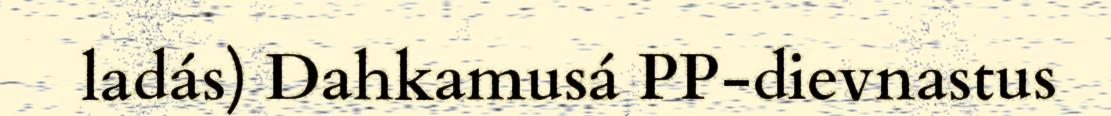
ladás) Dahkamusá PP-dievnastus